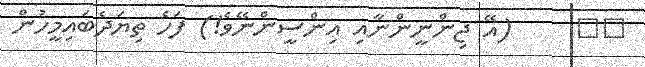
٤٥     (އޭ ޖިންނީންނާއި އިންސީންނޭވެ!) ފަހެ ތިޔަދެބައިމީހުން